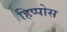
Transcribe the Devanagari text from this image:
हिप्पोस